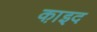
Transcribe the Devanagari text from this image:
का़इद